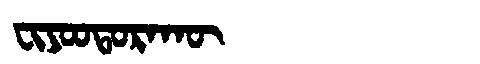
Manchu: ᠸᡳᠶᠣᠣᡨᠣᡵᠠᡴᡡ
Romanization: FIYOOTORAKŪ